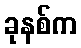
ခုနစ်က